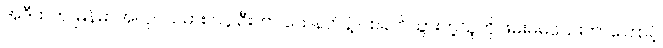
အဲဒီထဲက မြန်မာအလုပ်သမား ၁၄ ဦးဟာ သေနတ်နဲ့ ပစ်ခတ်သွားတဲ့သူကို ဖမ်းမမိသေးတာကြောင့်